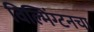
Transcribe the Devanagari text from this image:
विल्मिंग्टनचा